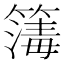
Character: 𥳻